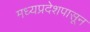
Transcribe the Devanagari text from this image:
मध्यप्रदेशपासून